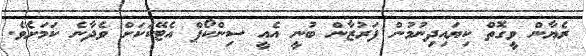
ރެޔާން ވީގޮތް ކިޔައިދިނުމުން ފަރުޒާން ބުނީ އެއީ ސިންކޯޕް އެޓޭކަކަށް ވެދާނެ ކަމަށެވެ.